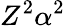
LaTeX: Z^{2}\alpha^{2}